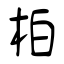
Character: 柏